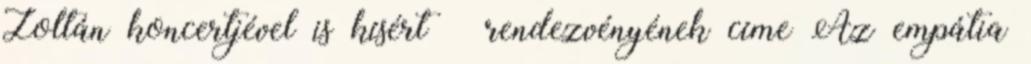
Zoltán koncertjével is kísért – rendezvényének címe Az empátia